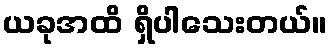
ယခုအထိ ရှိပါသေးတယ်။